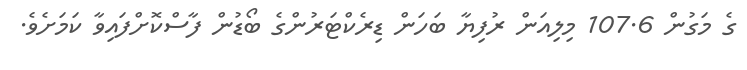
ގެ މަގުން 107.6 މިލިއަން ރުފިޔާ ބަހަން ޑިރެކްޓަރުންގެ ބޯޑުން ފާސްކޮށްފައިވާ ކަމަށެވެ.